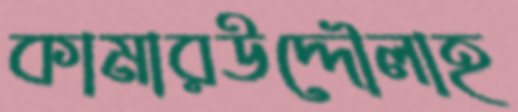
কামারউদ্দৌলাহ